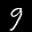
Label: 9